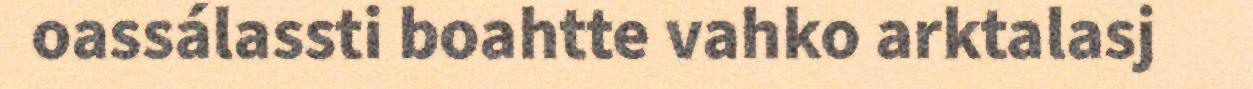
oassálassti boahtte vahko arktalasj